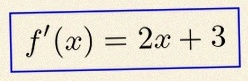
f'(x)=2x+3